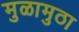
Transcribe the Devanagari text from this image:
मुळामुठा